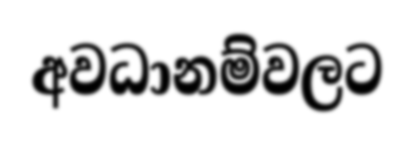
අවධානම්වලට